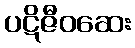
ပဋိဇီဝဆေး